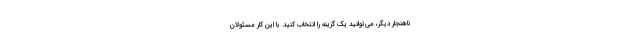
ناهنجار دیگر، می‌توانید یک گزینه را انتخاب کنید. با این کار مسئولان